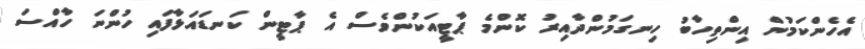
އެހެންކަމުން އިންތިހާބު ހިނގަމުންދާއިރު ކޮންމެ ޕާޓީއަކުންވެސް އެ ޕާޓީން ކަނޑައަޅާފައި ހުންނަ ހާއްސަ